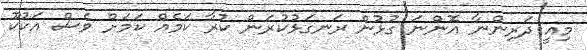
މިއީ ދަރިންނާ އޮންނަ ގުޅުން ރަނގަޅުކުރަން ކުރާ ކަމެއް ކަމަށް ވެސް އަކުކޫ